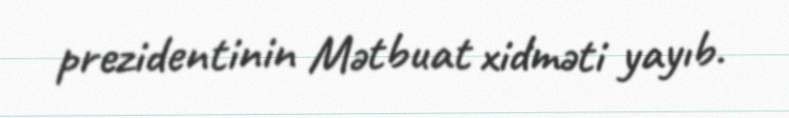
prezidentinin Mətbuat xidməti yayıb.